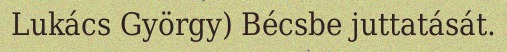
Lukács György) Bécsbe juttatását.